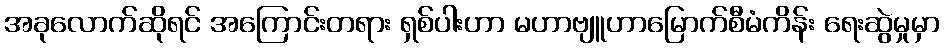
အခုလောက်ဆိုရင် အကြောင်းတရား ရှစ်ပါးဟာ မဟာဗျူဟာမြောက်စီမံကိန်း ရေးဆွဲမှုမှာ